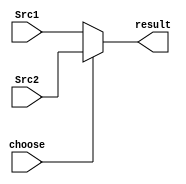
module Mux32b(
    input [31:0]Src1, // 0 
    input [31:0]Src2, // 1
    input choose,
    output [31:0]result
);

assign result = choose? Src2:Src1;

endmodule